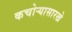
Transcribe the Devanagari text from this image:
कचोऱ्यासारखे